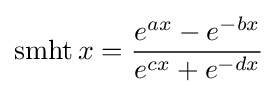
\operatorname {smht} x={\frac {e^{ax}-e^{-bx}}{e^{cx}+e^{-dx}}}